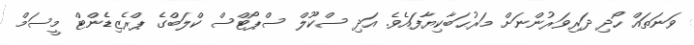
ވަނަތައް ހޯދި ދަރިވަރުންނަށް މަރުޙަބާކިޔާފައެވެ. އަދި ސްކޫލް ސްޕޯޓްސް ކްލަބްގެ ޕްރެޒިޑެންޓް މީސަމް